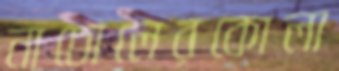
নাচোলেরকোলা